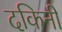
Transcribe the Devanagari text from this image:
दकिनी